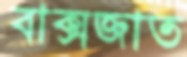
বাক্‌সজাত